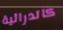
كاتدرائية